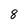
Character: 8